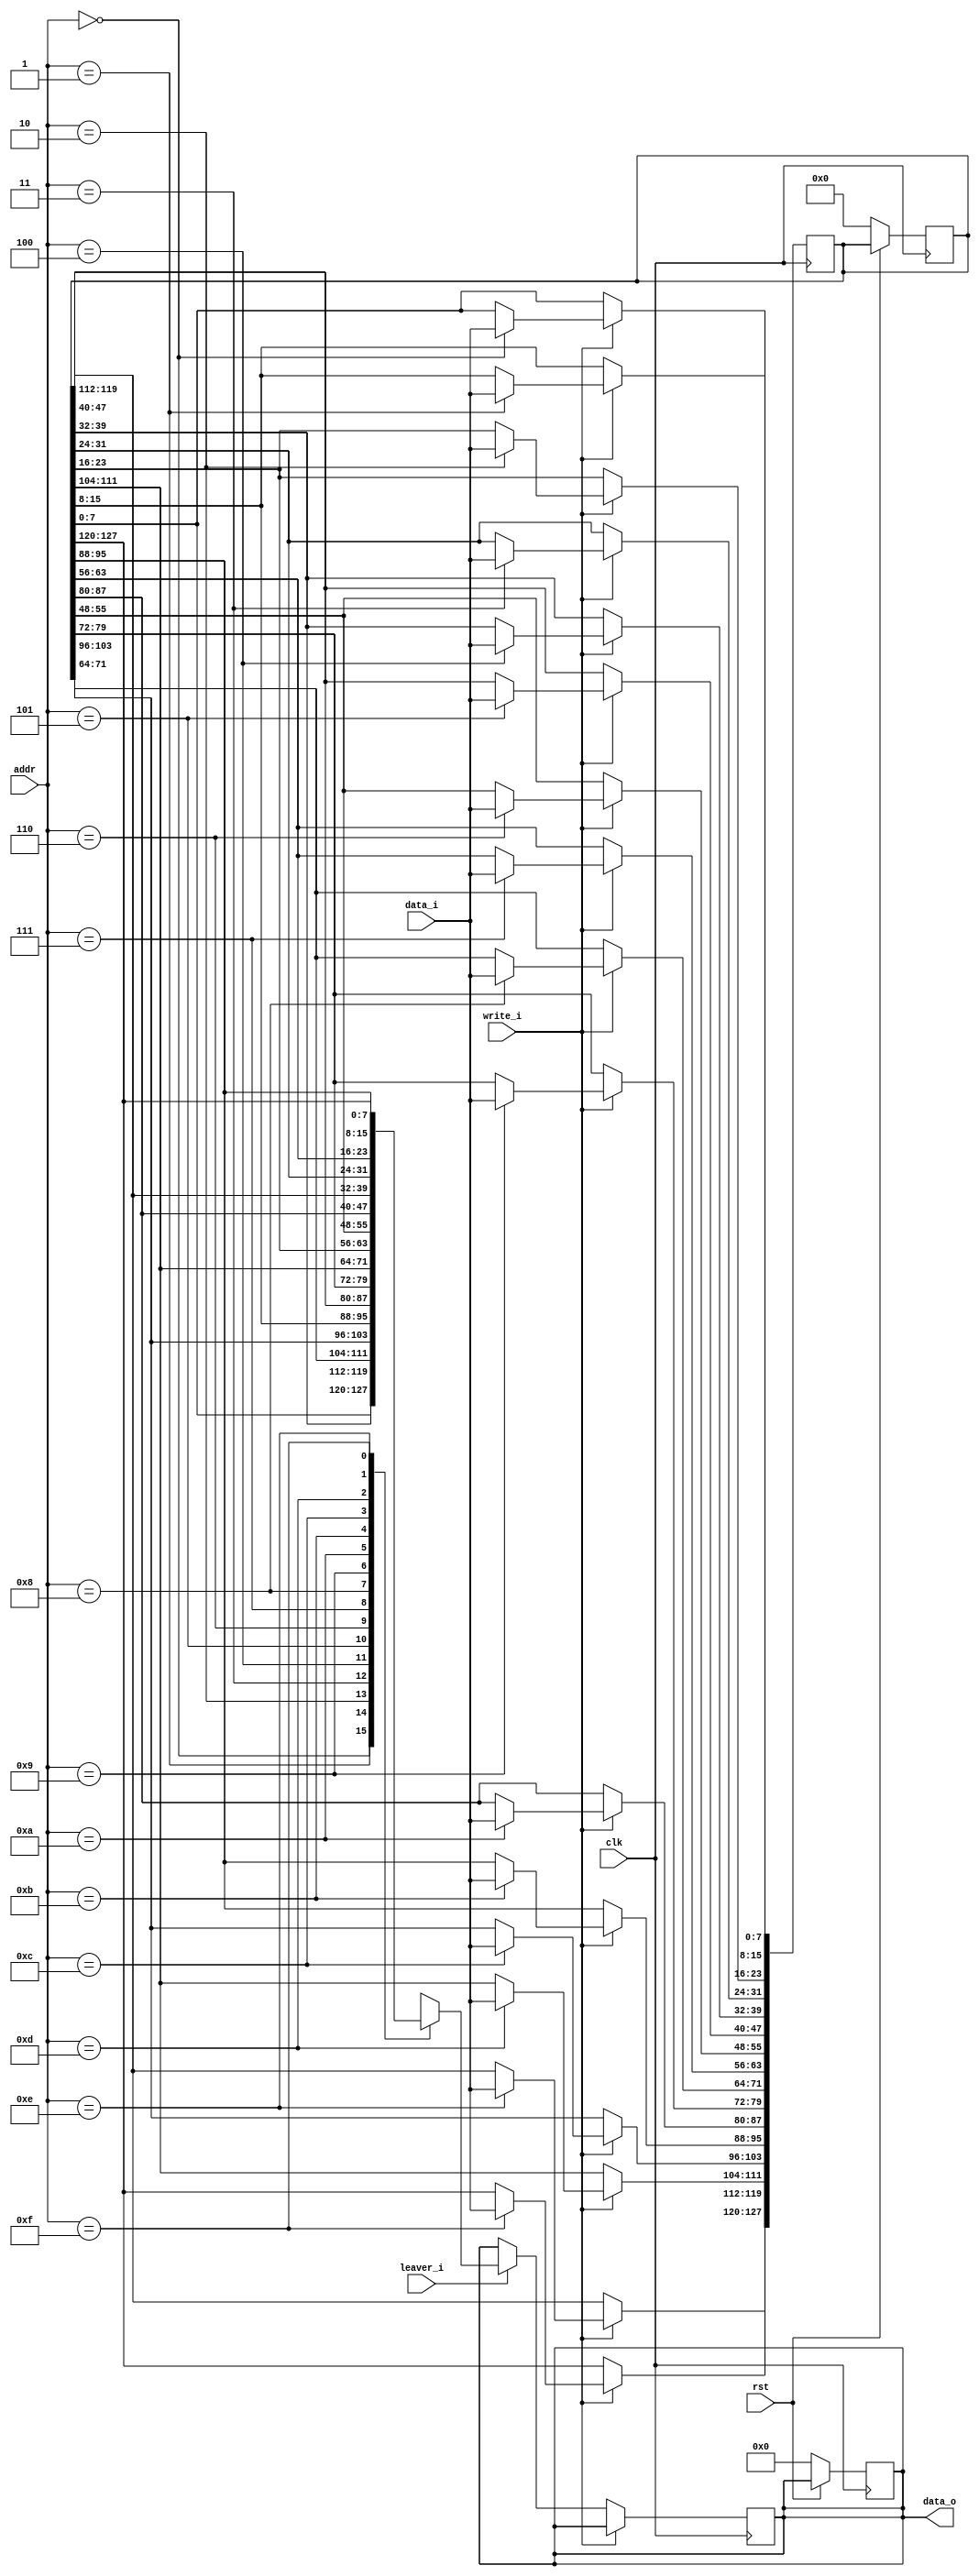
`timescale 1 ns / 1 ns

module interleaver_4_4 (clk, rst, leaver_i, write_i, addr, data_i, data_o);
input  clk;
input  rst;
input  leaver_i;
input  write_i;
input  [3:0]   addr;
input  [7:0]   data_i;
output [7:0]   data_o;
wire   [7:0]   temp_i;
reg    [7:0]   temp_o;
reg    [127:0] mem;
assign temp_i[7:0] = data_i[7:0];
assign data_o[7:0] = temp_o[7:0];
always @ (posedge clk)
   begin
       if(!rst)
         begin
            mem[127:0]  = 0;
            temp_o[7:0] = 0;
         end
   end
always @ (posedge clk)
   begin
      if(write_i)
             case(addr[3:0])
                 4'b0000:   mem[  7:  0] <= temp_i[7:0];
                 4'b0001:   mem[ 15:  8] <= temp_i[7:0];
                 4'b0010:   mem[ 23: 16] <= temp_i[7:0];
                 4'b0011:   mem[ 31: 24] <= temp_i[7:0];
                 4'b0100:   mem[ 39: 32] <= temp_i[7:0];
                 4'b0101:   mem[ 47: 40] <= temp_i[7:0];
                 4'b0110:   mem[ 55: 48] <= temp_i[7:0];
                 4'b0111:   mem[ 63: 56] <= temp_i[7:0];
                 4'b1000:   mem[ 71: 64] <= temp_i[7:0];
                 4'b1001:   mem[ 79: 72] <= temp_i[7:0];
                 4'b1010:   mem[ 87: 80] <= temp_i[7:0];
                 4'b1011:   mem[ 95: 88] <= temp_i[7:0];
                 4'b1100:   mem[103: 96] <= temp_i[7:0];
                 4'b1101:   mem[111:104] <= temp_i[7:0];
                 4'b1110:   mem[119:112] <= temp_i[7:0];
                 4'b1111:   mem[127:120] <= temp_i[7:0];
             endcase
        else if(leaver_i)
             case(addr[3:0])
                 4'b0000:   temp_o[7:0] <= mem[  7:  0];
                 4'b0001:   temp_o[7:0] <= mem[ 39: 32];
                 4'b0010:   temp_o[7:0] <= mem[ 71: 64];
                 4'b0011:   temp_o[7:0] <= mem[103: 96];
                 4'b0100:   temp_o[7:0] <= mem[ 15:  8];
                 4'b0101:   temp_o[7:0] <= mem[ 47: 40];
                 4'b0110:   temp_o[7:0] <= mem[ 79: 72];
                 4'b0111:   temp_o[7:0] <= mem[111:104];
                 4'b1000:   temp_o[7:0] <= mem[ 23: 16];
                 4'b1001:   temp_o[7:0] <= mem[ 55: 48];
                 4'b1010:   temp_o[7:0] <= mem[ 87: 80];
                 4'b1011:   temp_o[7:0] <= mem[119:112];
                 4'b1100:   temp_o[7:0] <= mem[ 31: 24];
                 4'b1101:   temp_o[7:0] <= mem[ 63: 56];
                 4'b1110:   temp_o[7:0] <= mem[ 95: 88];
                 4'b1111:   temp_o[7:0] <= mem[127:120];
             endcase
   end          
assign data_o[7:0] = temp_o[7:0];
endmodule